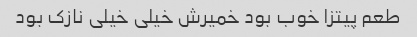
طعم پیتزا خوب بود خمیرش خیلی خیلی نازک بود